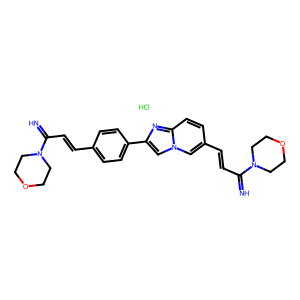
SMILES: Cl.N=C(C=Cc1ccc(-c2cn3cc(C=CC(=N)N4CCOCC4)ccc3n2)cc1)N1CCOCC1
Inhibits HIV replication: No